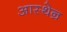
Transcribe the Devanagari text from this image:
आस्थेन्र